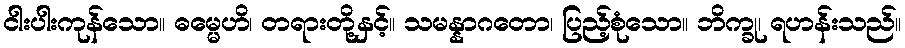
ငါးပါးကုန်သော။ ဓမ္မေဟိ၊ တရားတို့နှင့်။ သမန္နာဂတော၊ ပြည့်စုံသော။ ဘိက္ခု၊ ရဟန်းသည်။